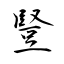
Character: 豎